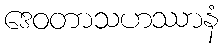
ဒေဝတာသဟဿာနံ